38_143685_box_Incident_Summaries_173-233
Agency: Department of War
Page 103
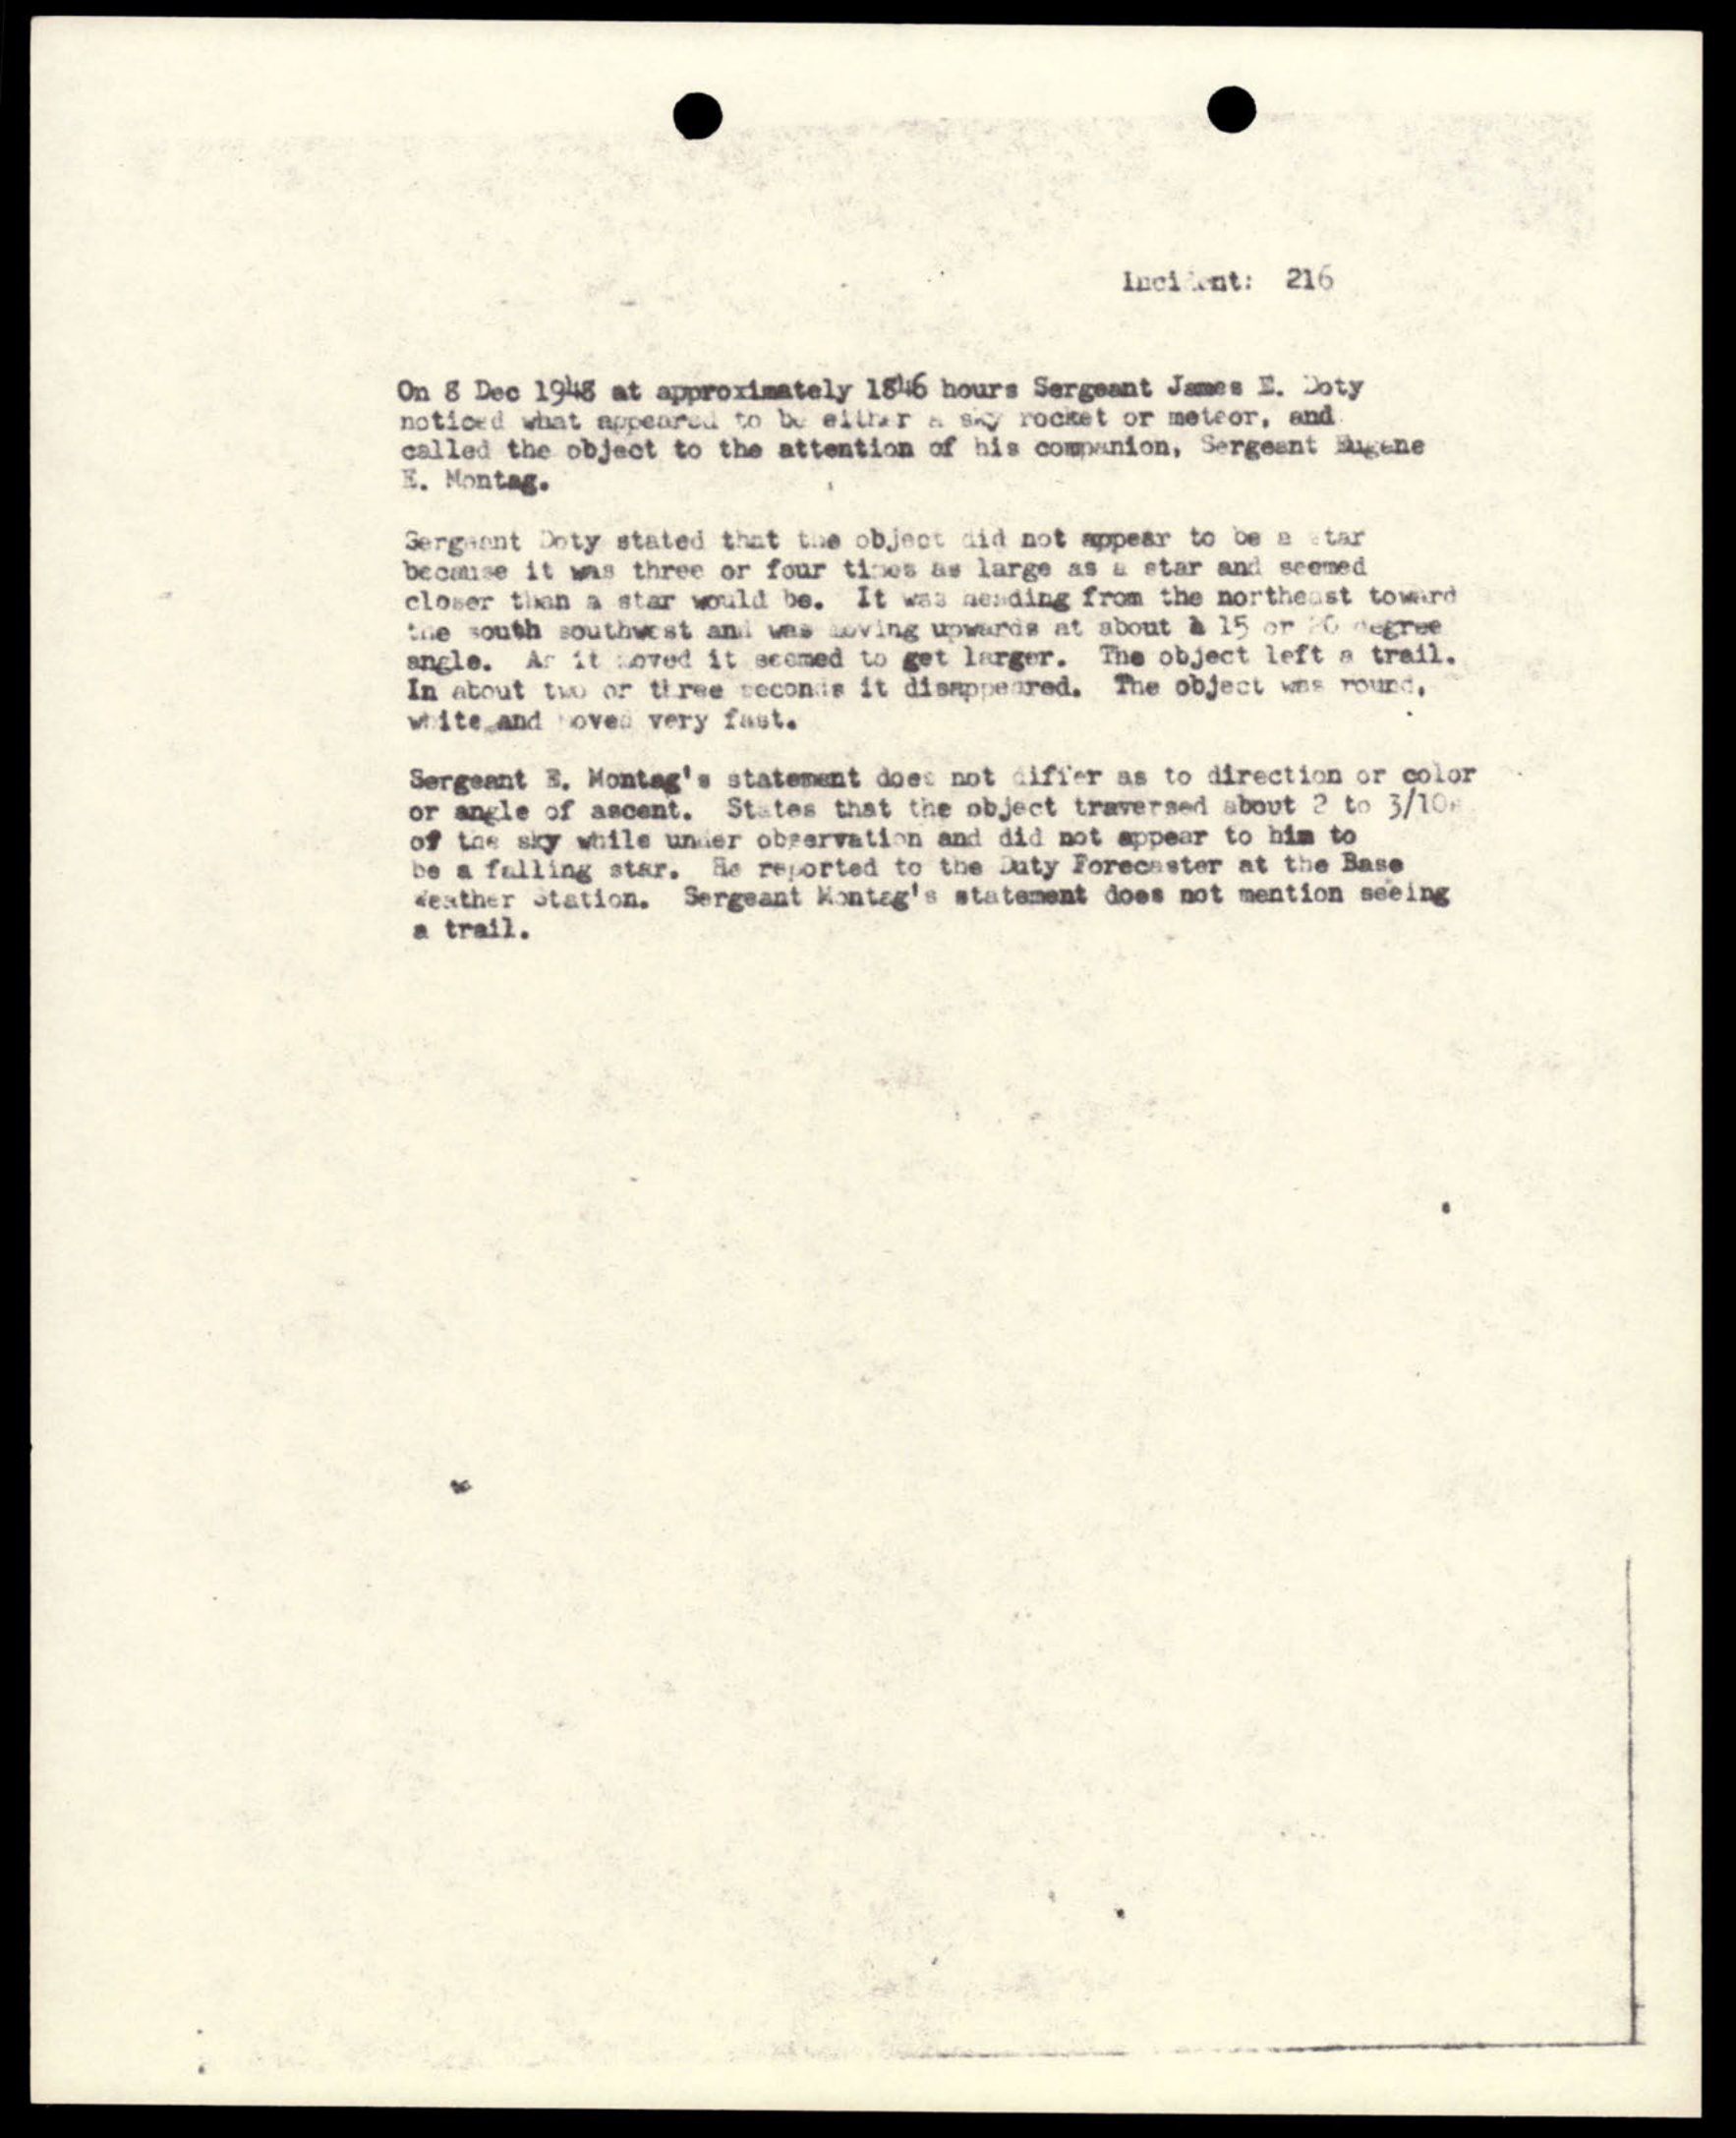